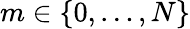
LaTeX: m\in\{ 0,\ldots,N\}